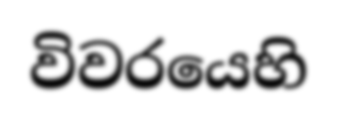
විවරයෙහි